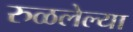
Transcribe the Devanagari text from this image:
रुळलेल्या